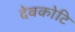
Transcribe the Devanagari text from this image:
देवकोटि